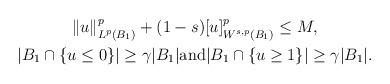
LaTeX: \begin{align*} \begin{gathered}\| u \|_{L^p(B_1)}^p + (1 - s) [u]_{W^{s, p}(B_1)}^p \le M, \\|B_1 \cap \{ u \le 0 \}| \ge \gamma |B_1| \mbox{and} |B_1 \cap \{ u \ge 1 \}| \ge \gamma |B_1|.\end{gathered}\end{align*}